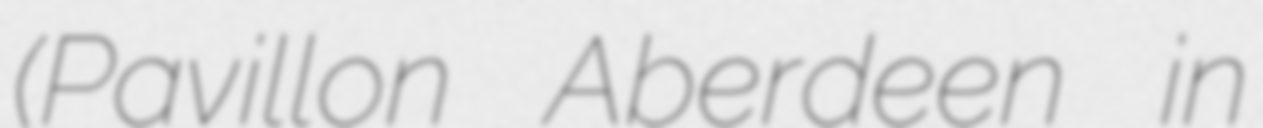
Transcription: (Pavillon Aberdeen in